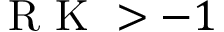
\mathrm { ~ R ~ K ~ } > - 1